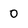
Character: 0